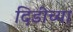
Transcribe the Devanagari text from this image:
दिडीच्या